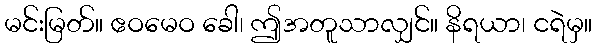
မင်းမြတ်။ ဧဝမေဝ ခေါ၊ ဤအတူသာလျှင်။ နိရယာ၊ ငရဲမှ။